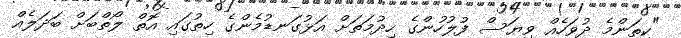
"ކިތަންމެ ދުވަހެއް ވިޔަސް ފުލުހުންގެ ހިދުމަތަށް އަޅުގަނޑުމެންގެ ހިތުގައި އޮތް ލޯތްބަށް ބަދަލެއް